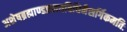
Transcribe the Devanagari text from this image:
अशेषब्रह्माण्डप्रलयविधिनैसर्गिकमतिः